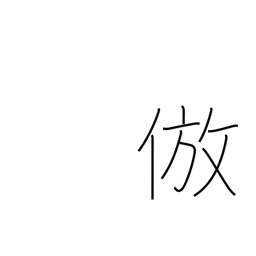
Meaning: imitate